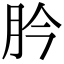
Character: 肣